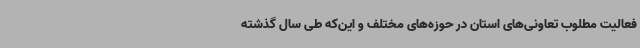
فعالیت مطلوب تعاونی‌های استان در حوزه‌های مختلف و این‌که طی سال گذشته